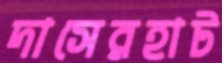
দাসেরহাট